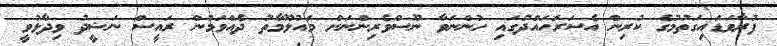
ފުރާވަޑައިގަތުމުގެ ކުރިން އެސަރަހައްދުގައި ހުންނަވާ ނޫސްވެރިންނަށް މައުލޫމާތު ދެއްވަމުން ރައީސް ނަޝީދު ވިދާޅުވީ